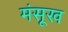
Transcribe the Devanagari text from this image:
मंसूख